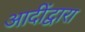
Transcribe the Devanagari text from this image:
आदींद्वारा